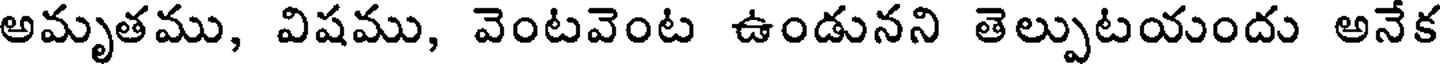
అమృతము, విషము, వెంటవెంట ఉండునని తెల్పుటయందు అనేక